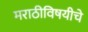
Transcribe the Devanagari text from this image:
मराठीविषयीचे